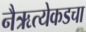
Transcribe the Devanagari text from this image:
नैऋत्येकडचा